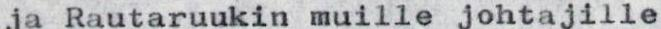
ja Rautaruukin muille johtajille